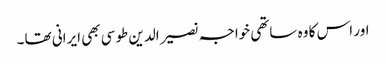
اور اس کا وہ ساتھی خواجہ نصیر الدین طوسی بھی ایرانی تھا۔